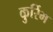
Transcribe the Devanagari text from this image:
कुर्रिम